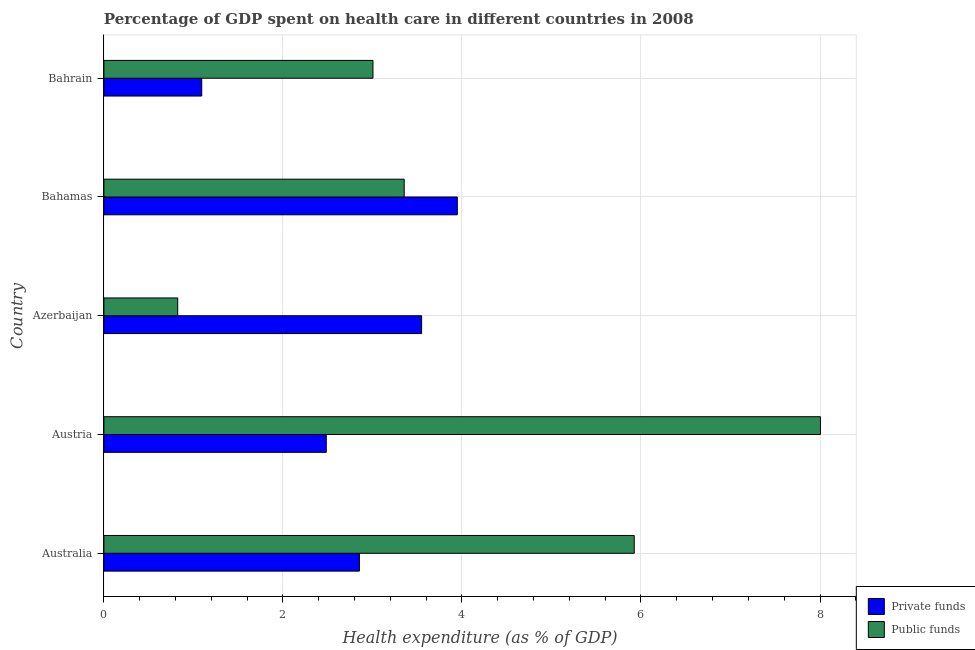
| Country | Private funds | Public funds |
 | --- | --- | --- |
 | Australia | 2.85 | 5.92 |
 | Austria | 2.48 | 8.01 |
 | Azerbaijan | 3.55 | 0.825 |
 | Bahamas | 3.95 | 3.35 |
 | Bahrain | 1.09 | 3.01 |